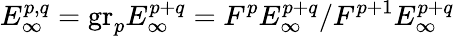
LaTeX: E_{\infty}^{p,q}={\mathrm{gr}}_{p}E_{\infty}^{p+q}=F^{p}E_{\infty}^{p+q}/F^{p+1}E_{\infty}^{p+q}